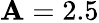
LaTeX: \mathbf{A}=2.5